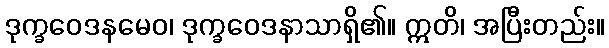
ဒုက္ခဝေဒနမေဝ၊ ဒုက္ခဝေဒနာသာရှိ၏။ ဣတိ၊ အပြီးတည်း။